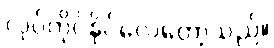
လုပ်ကိုင်နိုင်လေတော့သည်။